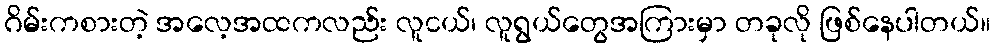
ဂိမ်းကစားတဲ့ အလေ့အထကလည်း လူငယ်၊ လူရွယ်တွေအကြားမှာ တခုလို ဖြစ်နေပါတယ်။